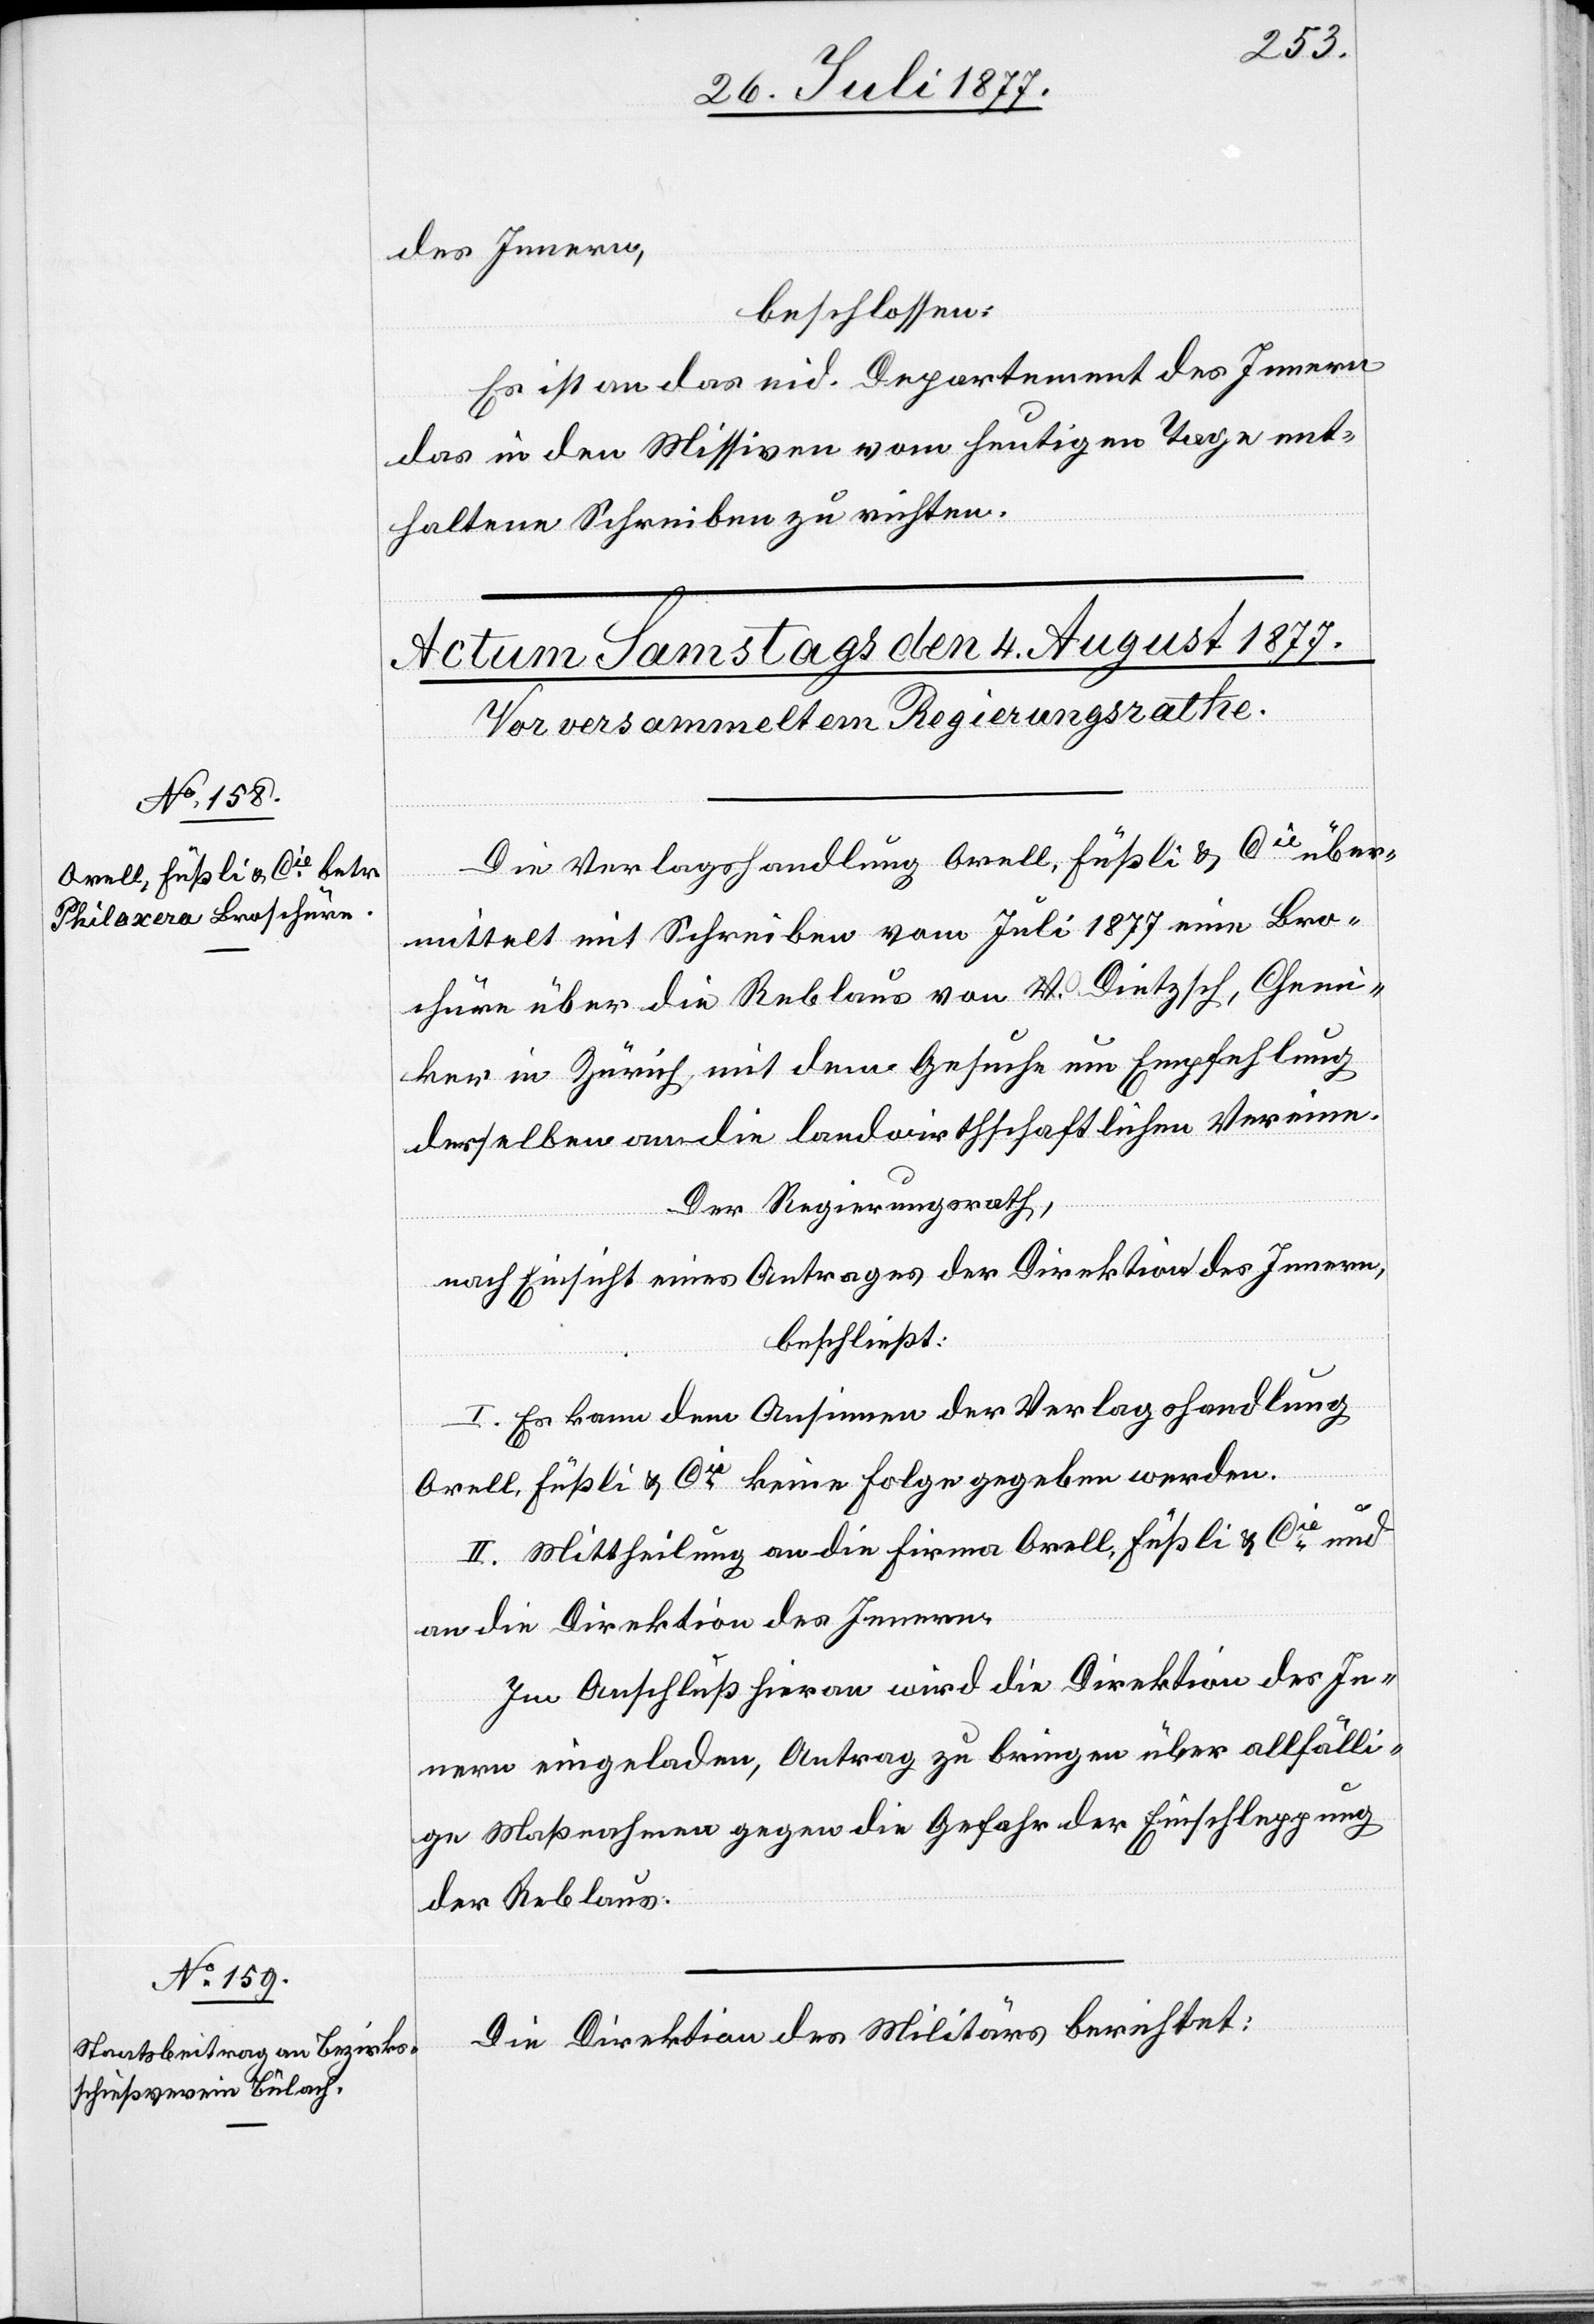
des Innern,
beschlossen:
Es ist an das eid. Departement des Innern
das in den Missiven vom heutigen Tage ent¬
haltene Schreiben zu richten.
Die Verlagshandlung Orell, Füßli & Cie über¬
mittelt mit Schreiben vom Juli 1877 eine Bro¬
chüre über die Reblaus von a-V.-a O. Dietzsch, Chemi¬
ker in Zürich, mit dem Gesuche um Empfehlung
derselben an die landwirthschaftlichen Vereine.
Der Regierungsrath,
nach Einsicht eines Antrages der Direktion des Innern,
beschließt:
I. Es kann dem Ansinnen der Verlagshandlung
Orell, Füßli & Cie keine Folge gegeben werden.
II. Mittheilung an die Firma Orell, Füßli & Cie und
an die Direktion des Innern.
Im Anschluß hieran wird die Direktion des In¬
nern eingeladen, Antrag zu bringen über allfälli¬
ge Maßnahmen gegen die Gefahr der Einschleppung
der Reblaus.
Die Direktion des Militärs berichtet: